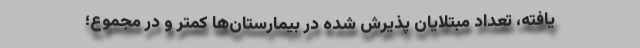
یافته، تعدادِ مبتلایان پذیرش شده در بیمارستان‌ها کمتر و در مجموع؛